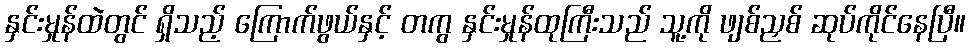
နှင်းမှုန်ထဲတွင် ရှိသည့် ကြောက်ဖွယ်နှင့် တကွ နှင်းမှုန်ထုကြီးသည် သူ့ကို ဖျစ်ညှစ် ဆုပ်ကိုင်နေပြီ။